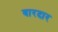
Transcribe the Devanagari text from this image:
वारदार